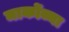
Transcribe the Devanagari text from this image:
मार्कोव्ना